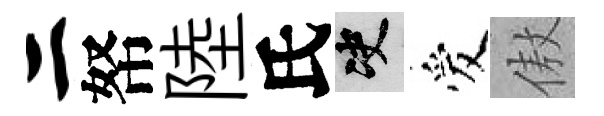
二帑陸氏决爱傲